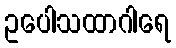
ဥပေါသထာဂါရေ